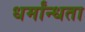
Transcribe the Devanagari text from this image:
धर्मांन्धता